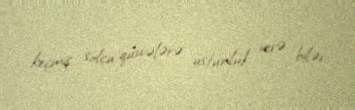
keçmiş solçu qüvvələrə üstünlük verə bilər.